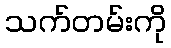
သက်တမ်းကို